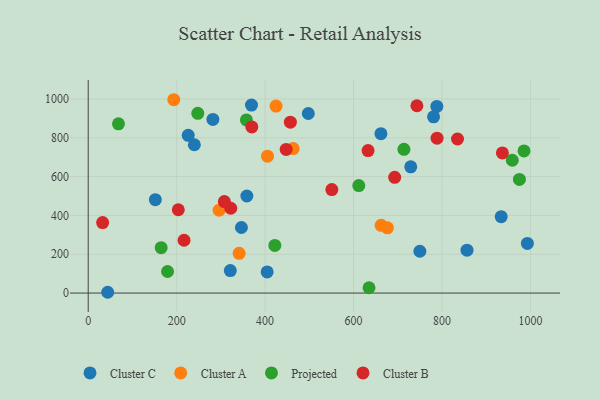
{"axis": {"x": "Experience", "y": "Demand"}, "legend": ["Cluster A", "Cluster B", "Cluster C", "Projected"], "data": [{"x": "404.6", "y": 108.7, "type": "Cluster C"}, {"x": "281.9", "y": 894.5, "type": "Cluster C"}, {"x": "226.1", "y": 812.5, "type": "Cluster C"}, {"x": "44.1", "y": 4.0, "type": "Cluster C"}, {"x": "729.3", "y": 650.6, "type": "Cluster C"}, {"x": "346.4", "y": 337.9, "type": "Cluster C"}, {"x": "358.7", "y": 500.2, "type": "Cluster C"}, {"x": "933.8", "y": 393.5, "type": "Cluster C"}, {"x": "240.0", "y": 764.3, "type": "Cluster C"}, {"x": "661.9", "y": 821.5, "type": "Cluster C"}, {"x": "369.2", "y": 968.7, "type": "Cluster C"}, {"x": "497.6", "y": 925.1, "type": "Cluster C"}, {"x": "321.3", "y": 115.7, "type": "Cluster C"}, {"x": "151.8", "y": 481.1, "type": "Cluster C"}, {"x": "856.5", "y": 221.1, "type": "Cluster C"}, {"x": "993.0", "y": 255.6, "type": "Cluster C"}, {"x": "788.3", "y": 961.7, "type": "Cluster C"}, {"x": "780.9", "y": 908.2, "type": "Cluster C"}, {"x": "749.9", "y": 215.3, "type": "Cluster C"}, {"x": "676.5", "y": 336.1, "type": "Cluster A"}, {"x": "193.5", "y": 996.2, "type": "Cluster A"}, {"x": "341.3", "y": 204.5, "type": "Cluster A"}, {"x": "296.0", "y": 426.8, "type": "Cluster A"}, {"x": "405.4", "y": 705.2, "type": "Cluster A"}, {"x": "463.4", "y": 744.6, "type": "Cluster A"}, {"x": "424.7", "y": 963.7, "type": "Cluster A"}, {"x": "662.3", "y": 348.8, "type": "Cluster A"}, {"x": "165.0", "y": 233.9, "type": "Projected"}, {"x": "985.4", "y": 732.3, "type": "Projected"}, {"x": "179.4", "y": 111.0, "type": "Projected"}, {"x": "958.9", "y": 684.2, "type": "Projected"}, {"x": "422.0", "y": 245.3, "type": "Projected"}, {"x": "357.7", "y": 892.3, "type": "Projected"}, {"x": "635.0", "y": 27.4, "type": "Projected"}, {"x": "247.8", "y": 926.2, "type": "Projected"}, {"x": "975.0", "y": 585.6, "type": "Projected"}, {"x": "611.8", "y": 553.9, "type": "Projected"}, {"x": "68.4", "y": 872.1, "type": "Projected"}, {"x": "713.9", "y": 740.5, "type": "Projected"}, {"x": "203.7", "y": 429.3, "type": "Cluster B"}, {"x": "370.0", "y": 856.1, "type": "Cluster B"}, {"x": "32.6", "y": 363.3, "type": "Cluster B"}, {"x": "447.6", "y": 740.2, "type": "Cluster B"}, {"x": "216.7", "y": 272.1, "type": "Cluster B"}, {"x": "788.8", "y": 798.1, "type": "Cluster B"}, {"x": "457.1", "y": 880.7, "type": "Cluster B"}, {"x": "322.3", "y": 437.1, "type": "Cluster B"}, {"x": "307.8", "y": 471.5, "type": "Cluster B"}, {"x": "693.0", "y": 596.3, "type": "Cluster B"}, {"x": "835.0", "y": 793.8, "type": "Cluster B"}, {"x": "743.2", "y": 965.1, "type": "Cluster B"}, {"x": "550.9", "y": 533.4, "type": "Cluster B"}, {"x": "936.5", "y": 722.3, "type": "Cluster B"}, {"x": "632.8", "y": 734.2, "type": "Cluster B"}]}